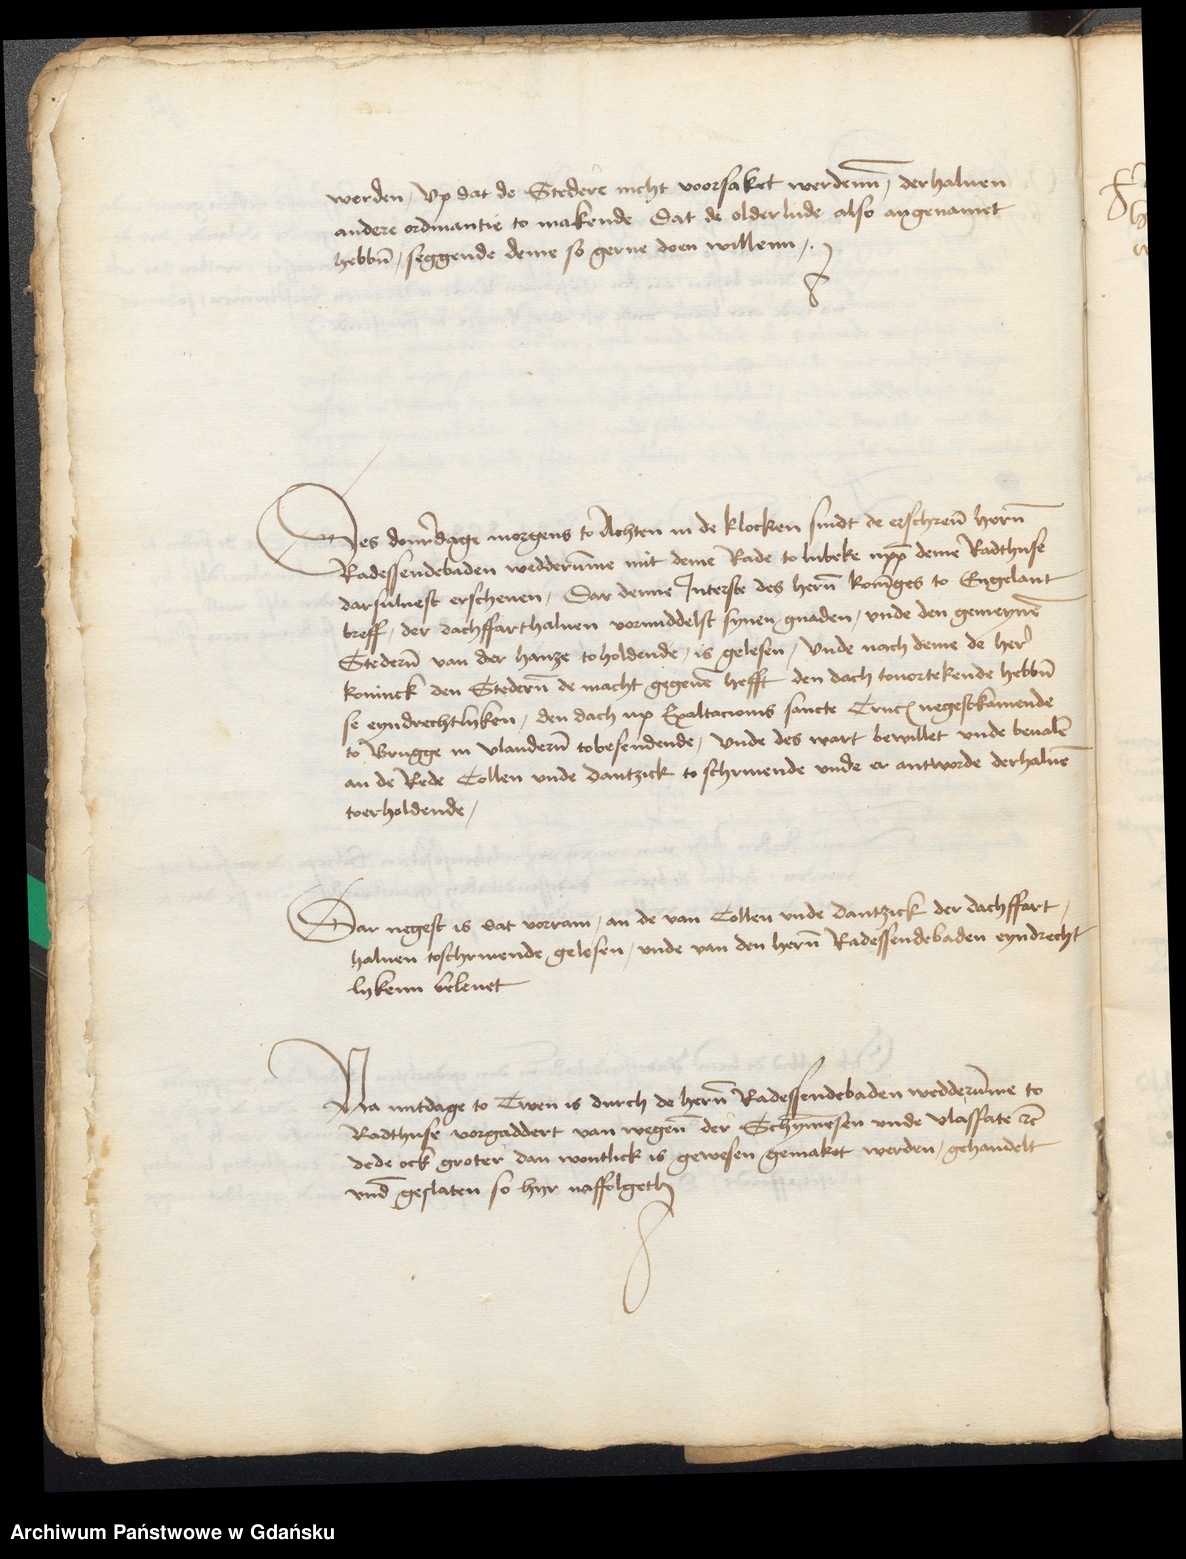
werden, vp dat de Stedere nicht vorsaket werdenne, der haluen
andere ordinantie to makende dat de olderlude also angenamet
hebben, seggende deme so gerne doen willenn.

Des donredage morgens to Achten in de klocken sindt de erschreuen heren
Radessendebaden wedderumme mit deme Rade to Lubeke uppe deme Radthuse
darsuluest erschenen, Dar denne Jnterste des heren koninges to Engelant
breff, der dachffart haluen vormiddelst synen gnaden, vnde den gemeynen
Stederen van der hanze to holdende, is gelesen, vnde nach deme de here
koninck den Stederen de macht gegeuen hefft den dach touortekende hebben
se eyndrechtlyken, den dach up Exaltacionis sancte Crucis negestkamende
to Brugge in Vlanderen tobesendende, vnde des wart bewillet vnde beualen
an de Rede Collen vnde Dantzick to schriuende vnde er antworde derhaluen
toholdende.

Dar negest is dat vorram, an de van Collen vnde Dantzik der dachffart
haluen toschriuende gelesen, vnde van den heren Radessendebaden eyndrecht¬
lykenn beleuet.

Na mitdage to Twen is durch de heren Radessendebaden wedderumme to
Radthuse vorgaddert van wegene der Schymmesen vnde vlasfate etcetera
dede ock groter dan wontlick is gewesen gemaket werden, gehandelt
vnde geslaten so hyr naffolgeth.